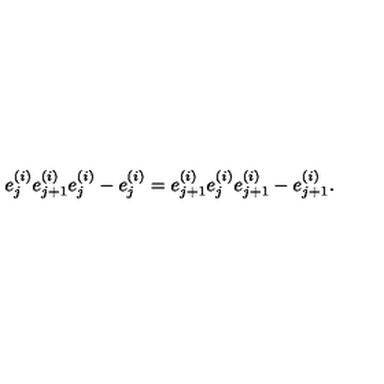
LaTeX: e _ { j } ^ { ( i ) } e _ { j + 1 } ^ { ( i ) } e _ { j } ^ { ( i ) } - e _ { j } ^ { ( i ) } = e _ { j + 1 } ^ { ( i ) } e _ { j } ^ { ( i ) } e _ { j + 1 } ^ { ( i ) } - e _ { j + 1 } ^ { ( i ) } .